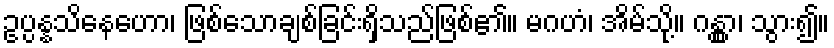
ဥပ္ပန္နသိနေဟော၊ ဖြစ်သောချစ်ခြင်းရှိသည်ဖြစ်၏။ မဂဟံ၊ အိမ်သို့။ ဂန္တွာ၊ သွား၍။